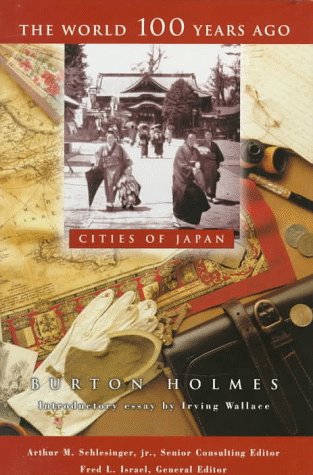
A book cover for The Cities of Japan (World 100 Years Ago); Burton Holmes; Teen & Young Adult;